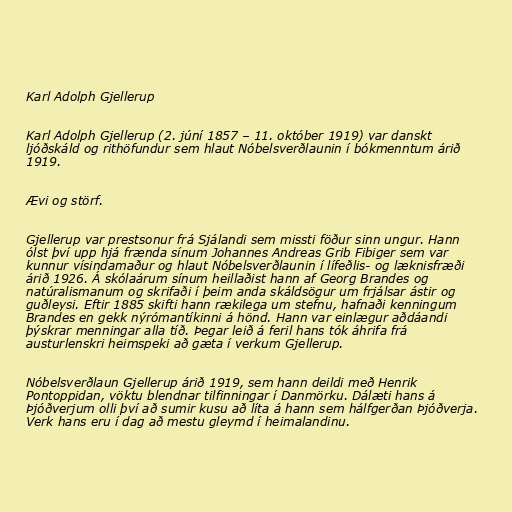
Karl Adolph Gjellerup

Karl Adolph Gjellerup (2. júní 1857 – 11. október 1919) var danskt
ljóðskáld og rithöfundur sem hlaut Nóbelsverðlaunin í bókmenntum árið
1919.

Ævi og störf.

Gjellerup var prestsonur frá Sjálandi sem missti föður sinn ungur. Hann
ólst því upp hjá frænda sínum Johannes Andreas Grib Fibiger sem var
kunnur vísindamaður og hlaut Nóbelsverðlaunin í lífeðlis- og læknisfræði
árið 1926. Á skólaárum sínum heillaðist hann af Georg Brandes og
natúralismanum og skrifaði í þeim anda skáldsögur um frjálsar ástir og
guðleysi. Eftir 1885 skifti hann rækilega um stefnu, hafnaði kenningum
Brandes en gekk nýrómantíkinni á hönd. Hann var einlægur aðdáandi
þýskrar menningar alla tíð. Þegar leið á feril hans tók áhrifa frá
austurlenskri heimspeki að gæta í verkum Gjellerup.

Nóbelsverðlaun Gjellerup árið 1919, sem hann deildi með Henrik
Pontoppidan, vöktu blendnar tilfinningar í Danmörku. Dálæti hans á
Þjóðverjum olli því að sumir kusu að líta á hann sem hálfgerðan Þjóðverja.
Verk hans eru í dag að mestu gleymd í heimalandinu.